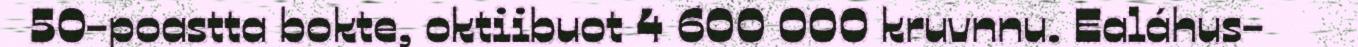
50-poastta bokte, oktiibuot 4 600 000 kruvnnu. Ealáhus-